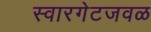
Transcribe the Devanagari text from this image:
स्वारगेटजवळ